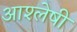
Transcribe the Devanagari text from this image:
आश्लेषी